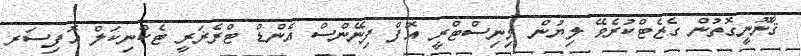
ޤާނޫނީގޮތުން ގެޒެޓްކުރެވޭ ލިޔުން މިނިސްޓްރީ އޮފް ފިނޭންސް އެންޑް ޓްރެޜަރީ ޓެކްނިކަލް އޮފިސަރ